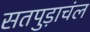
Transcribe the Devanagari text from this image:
सतपुड़ाचंल